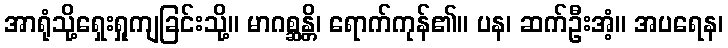
အာရုံသို့ရှေးရှုကျခြင်းသို့။ မာဂစ္ဆန္တိ၊ ရောက်ကုန်၏။ ပန၊ ဆက်ဦးအံ့။ အပရေန၊